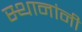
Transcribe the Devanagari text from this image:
स्थानांनी